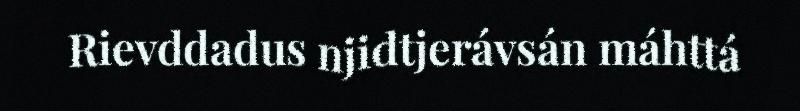
Rievddadus njidtjerávsán máhttá